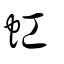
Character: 𧈫